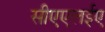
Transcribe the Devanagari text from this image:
सीएएलईए